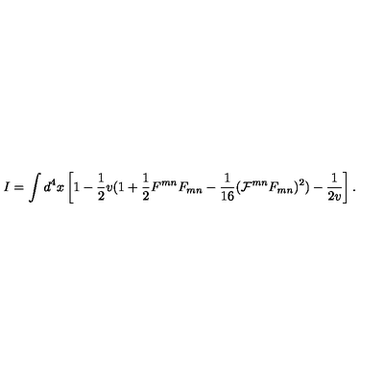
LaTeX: I = \int d ^ { 4 } x \left[ 1 - \frac { 1 } { 2 } v ( 1 + \frac { 1 } { 2 } F ^ { m n } F _ { m n } - \frac { 1 } { 1 6 } ( { \cal { F } } ^ { m n } F _ { m n } ) ^ { 2 } ) - \frac { 1 } { 2 v } \right] .